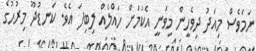
ނަމަވެސް މިއަދު ދިވެހީން މިވަނީ އެކަމަށް ހައްލެއް ލިބިފަ އެވެ. ކަނޑުދޫ މިރުހުގެ